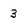
Character: 3